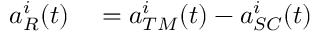
\begin{array} { r l } { a _ { R } ^ { i } ( t ) } & { { } = a _ { T M } ^ { i } ( t ) - a _ { S C } ^ { i } ( t ) } \end{array}